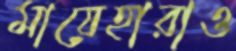
মায়েহারাও